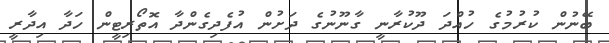
ބޭނުން ކުރުމުގެ ހުއްދަ ދޫކުރާނީ ގާނޫނުގެ ދަށުން އުފެދިގެންދާ އޮތޯރިޓީން ހަދާ އިދާރީ